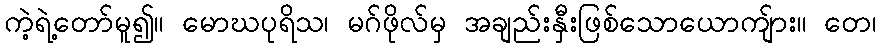
ကဲ့ရဲ့တော်မူ၍။ မောဃပုရိသ၊ မဂ်ဖိုလ်မှ အချည်းနှီးဖြစ်သောယောကျ်ား။ တေ၊